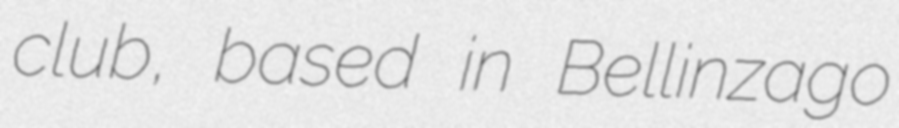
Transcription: club, based in Bellinzago